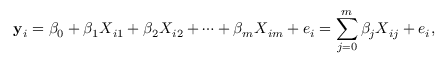
\mathbf { y } _ { i } = \beta _ { 0 } + \beta _ { 1 } \boldsymbol { X } _ { i 1 } + \beta _ { 2 } \boldsymbol { X } _ { i 2 } + \cdots + \beta _ { m } \boldsymbol { X } _ { i m } + \boldsymbol { e } _ { i } = \sum _ { j = 0 } ^ { m } \beta _ { j } \boldsymbol { X } _ { i j } + \boldsymbol { e } _ { i } ,